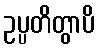
ဥပ္ပတိတွာပိ